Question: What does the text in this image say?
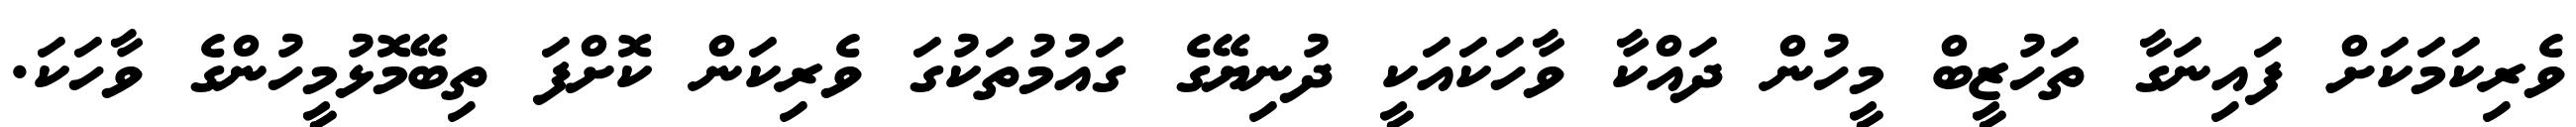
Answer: ވެރިކަމަކަށް ފައިނަގާ ތަހުޒީބް މީހުން ދައްކާ ވާހަކައަކީ ދުނިޔޭގެ ގައުމުތަކުގަ ވެރިކަން ކޮށްފަ ތިބޭމޮޅުމީހުންގެ ވާހަކަ.